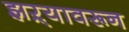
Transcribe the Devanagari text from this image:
झऱ्यावरून